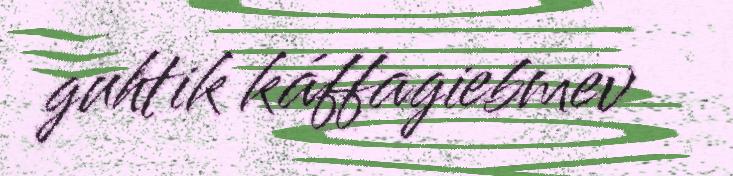
guhtik káffagiebmev